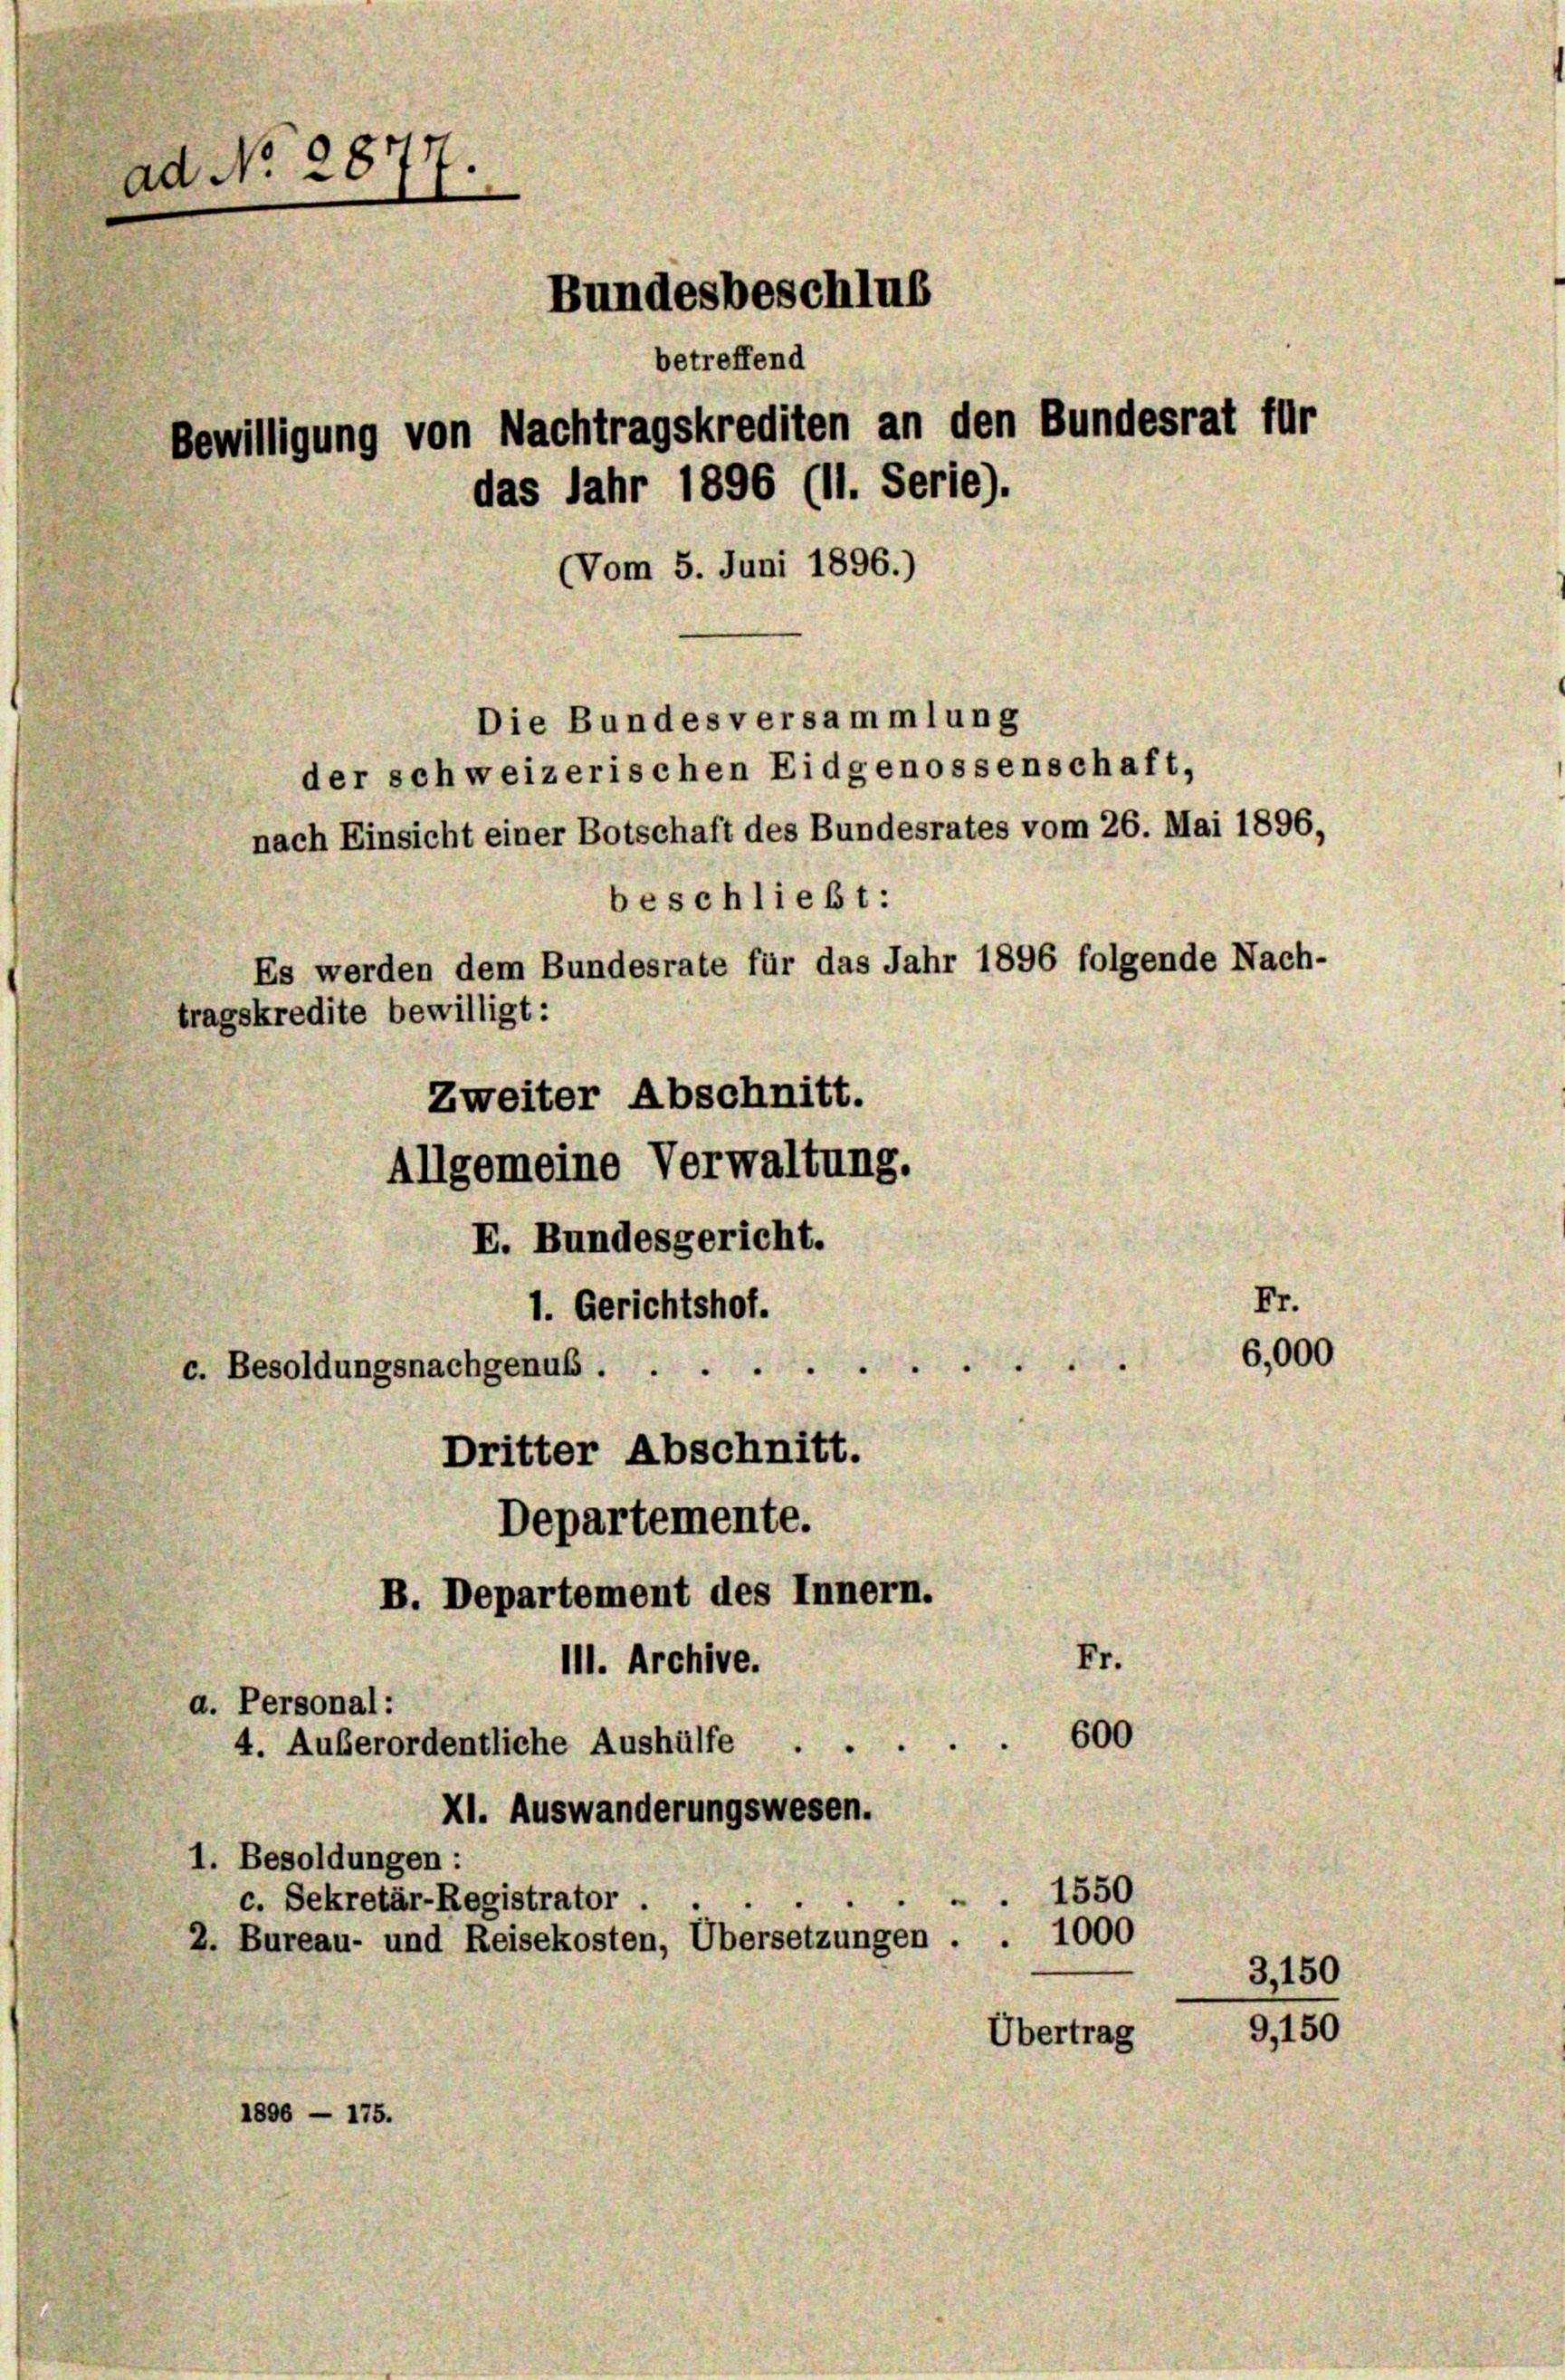
ad No 2877.
Bundesbeschlus
betreffend
Bewilligung von Nachtragskrediten an den Bundesrat für
das Jahr 1896 (lt. Serie).
Vom 5. Juni 1896.)
Die Bundesversammlung
der schweizerischen Eidgenossenschaft,
nach Einsicht einer Botschaft des Bundesrates vom 26. Mai 1896,
beschließt:
Es werden dem Bundesrate für das Jahr 1896 folgende Nach-
tragskredite bewilligt:

E. Bundesgericht.
1. Gerichtshof.
c. Besoldungsnachgenus
Dritter Abschnitt.
Departemente.
B. Departement des Innern.
Fr.
III. Archive.
a. Personal:
600
4. Außerordentliche Aushülfe
XI. Auswanderungswesen.
1. Besoldungen:
1550
c. Sekretär-Registrator
1000
2. Bureau- und Reisekosten, Übersetzungen.
Übertrag
1896 — 175.

Zweiter Abschnitt.
Allgemeine Verwaltung.

6,000

Fr.

3,150

9,150